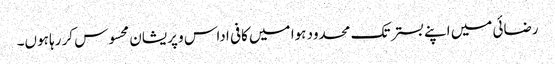
رضائی میں اپنے بستر تک محدود ہوا میں کافی اداس و پریشان محسوس کر رہا ہوں۔